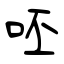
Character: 呸